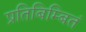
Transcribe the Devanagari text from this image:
प्रतिबिम्बितं